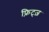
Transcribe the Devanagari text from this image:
फ़्रिट्ज़